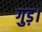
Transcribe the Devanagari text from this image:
गुड़।